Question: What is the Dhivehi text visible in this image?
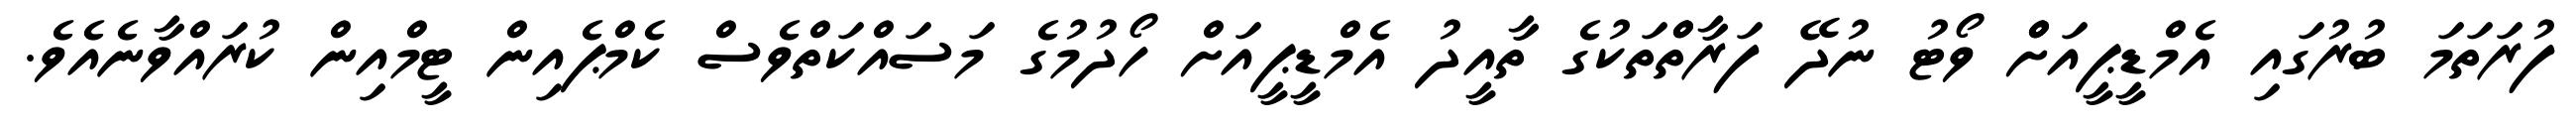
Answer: ފުރަތަމަ ބުރުގައި އެމްޑީޕީއަށްް ވޯޓު ނުދޭ ފަރާތްްތަކުގެ ތާއީދު އެމްޑީޕީއަށް ހޯދުމުގެ މަސައްކަތްވެސް ކެމްޕެއިން ޓީމްއިން ކުރައްވާނެއެވެ.